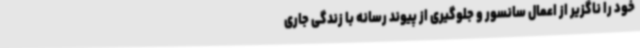
خود را ناگزیر از اعمال سانسور و جلوگیری از پیوند رسانه با زندگی جاری